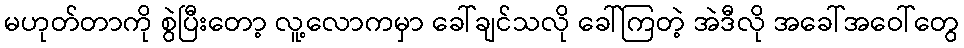
မဟုတ်တာကို စွဲပြီးတော့ လူ့လောကမှာ ခေါ်ချင်သလို ခေါ်ကြတဲ့ အဲဒီလို အခေါ်အဝေါ်တွေ